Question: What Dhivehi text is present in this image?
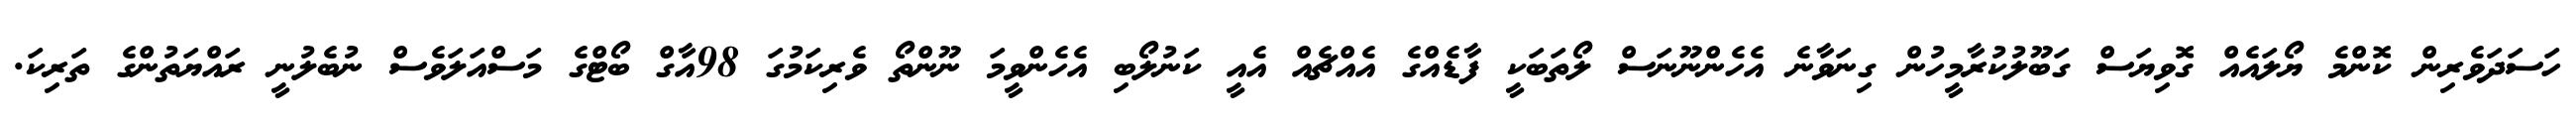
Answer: ހަސަދަވެރިން ކޮންމެ ޔޯލައެއް ގޮވިޔަސް ގަބޫލުކުރާމީހުން ގިނަވާނެ އެހެންނޫނަސް ލޯތަބަކީ ފާޑެއްގެ އެއްޗެއް އެއީ ކަނުލޯބި އެހެންވީމަ ނޫންތޯ ވެރިކަމުގަ 98އާގް ބޯޓްގެ މަސްއަލަވެސް ނުބެލުނީ ރައްޔަތުންގެ ތަރިކަ.